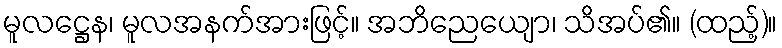
မူလဋ္ဌေန၊ မူလအနက်အားဖြင့်။ အဘိညေယျော၊ သိအပ်၏။ (ထည့်)။